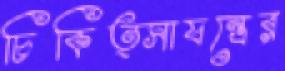
চিকিত্সাযন্ত্রের